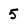
Character: 5